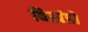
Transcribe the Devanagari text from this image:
विखंडों